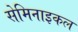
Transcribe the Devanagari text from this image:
सेमिनाइकल